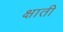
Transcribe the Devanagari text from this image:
क्षाती